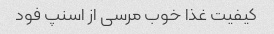
کیفیت غذا خوب مرسی از اسنپ فود